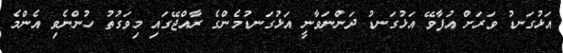
އަޅުގަނޑު ވަރަށް އުފާވޭ އަޅުގަނޑު ދަންނަވާނީ އަޅުގަނޑުމެންގެ ރާއްޖޭގައި މިވަގުތު ހުންނެވި އެންމެ